Scottish Leaving Certificate Examination, 1955
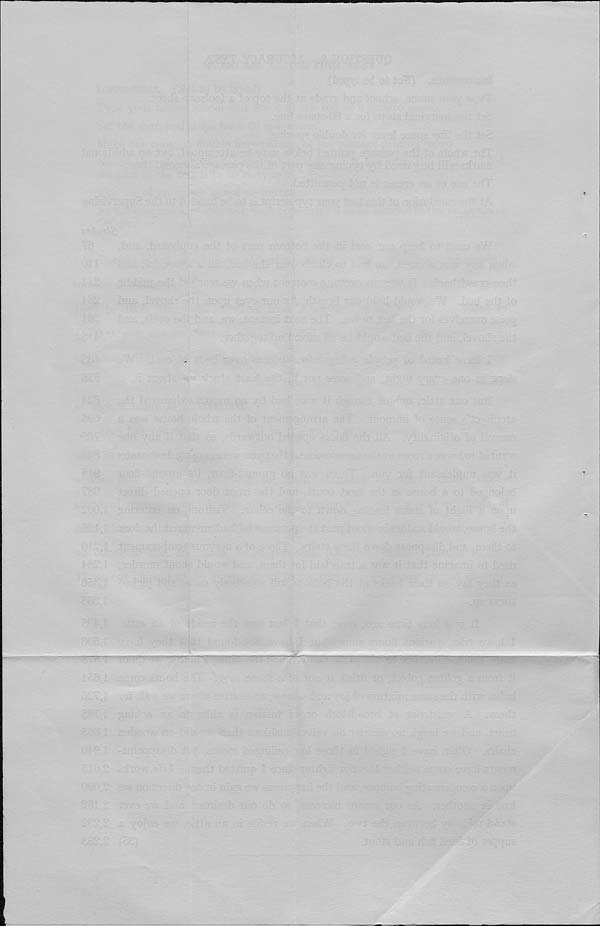
. . ■
'
-
' • ■ '- 1
: :y?'-7 ■ ij-io
'h ; sov: '